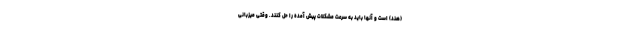
(هند) است و آنها باید به سرعت مشکلات پیش آمده را حل کنند. وقتی میزبانی